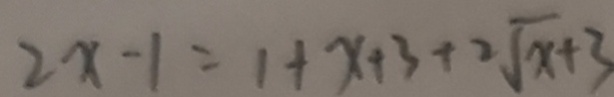
2 x - 1 = 1 + x + 3 + 2 \sqrt { x } + 3